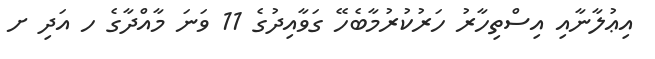
އިޢުލާނާއި އިސްތިހާރު ހަރުކުރުމާބެހޭ ގަވާއިދުގެ 11 ވަނަ މާއްދާގެ ހ އަދި ށ